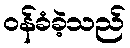
ဝန်ခံခဲ့သည်